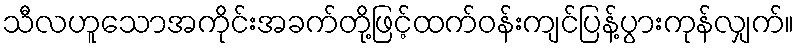
သီလဟူသောအကိုင်းအခက်တို့ဖြင့်ထက်ဝန်းကျင်ပြန့်ပွားကုန်လျှက်။